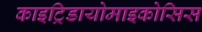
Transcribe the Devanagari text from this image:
काइट्रिडायोमाइकोसिस